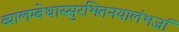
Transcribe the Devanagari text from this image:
व्यालम्बेथास्सुरभितनयालंभजां